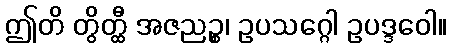
ဤတိ တွိတ္ထီ အဇညဉ္စ၊ ဥပသဂ္ဂေါ ဥပဒ္ဒဝေါ။